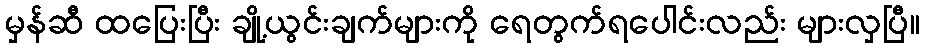
မှန်ဆီ ထပြေးပြီး ချို့ယွင်းချက်များကို ရေတွက်ရပေါင်းလည်း များလှပြီ။